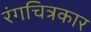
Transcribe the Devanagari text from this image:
रंगचित्रकार